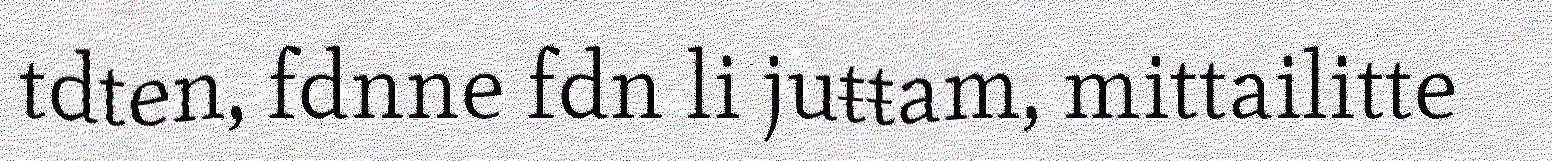
tdten, fdnne fdn li juŧŧam, mittailitte